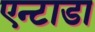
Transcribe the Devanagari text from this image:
एन्टाडा